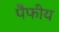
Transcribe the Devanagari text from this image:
पैंफीय